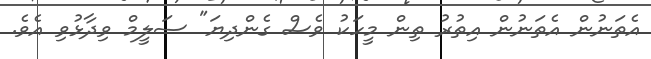
އެތަނުން އެތަނުން އިތުރު ތިން މީހަކު ވެސް ގެންދިޔަ" ސަލީމް ވިދާޅުވި އެވެ.